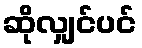
ဆိုလျှင်ပင်